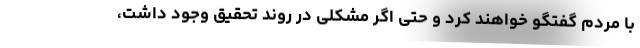
با مردم گفتگو خواهند کرد و حتی اگر مشکلی در روند تحقیق وجود داشت،